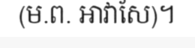
(ម.ព. អាវាសែ)។